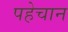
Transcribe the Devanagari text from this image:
पहेचान